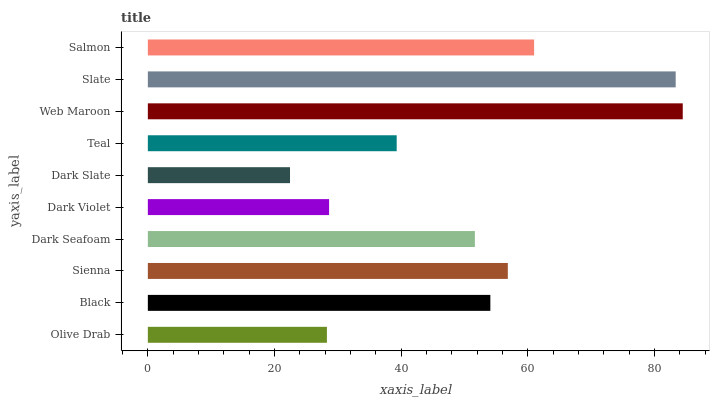
| yaxis_label | bars |
 | --- | --- |
 | Olive Drab | 28.3 |
 | Black | 54.1 |
 | Sienna | 56.8 |
 | Dark Seafoam | 51.6 |
 | Dark Violet | 28.6 |
 | Dark Slate | 22.4 |
 | Teal | 39.3 |
 | Web Maroon | 84.5 |
 | Slate | 83.3 |
 | Salmon | 61 |